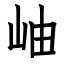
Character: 岫